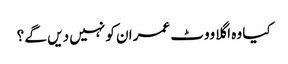
کیا وہ اگلا ووٹ عمران کو نہیں دیں گے ؟